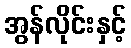
အွန်လိုင်းနှင့်